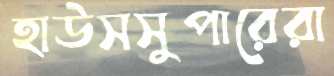
হাউসসুপারেরা